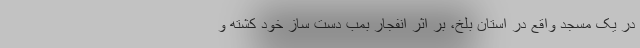
در یک مسجد واقع در استان بلخ، بر اثر انفجار بمب دست ساز خود کشته و